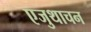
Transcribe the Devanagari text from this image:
एजुथाचन